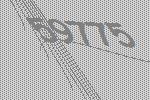
59775